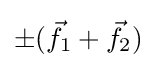
\pm ({\vec {f}}_{1}+{\vec {f}}_{2})